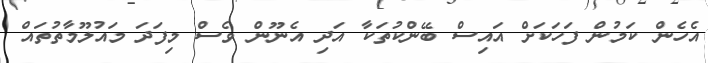
އެހެން ކަމުން ފަހަކަށް އައިސް ބޭންކުތަކާ އަދި އެނޫން ވެސް މިފަދަ މައުލޫމާތުތައް